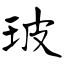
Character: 玻